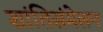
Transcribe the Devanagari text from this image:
शांतिसंमेलन